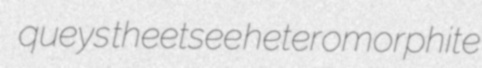
queys theetsee heteromorphite